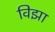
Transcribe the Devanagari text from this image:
विझा